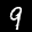
Label: 9